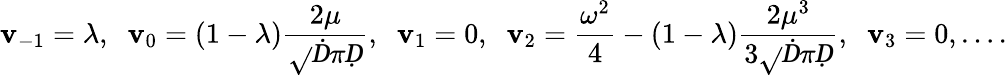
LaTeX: \mathbf{v}_{-1}=\lambda,\; \; \mathbf{v}_{0}=(1-\lambda)\frac{{2\mu}}{{\sqrt{}{Ḋ}\piḌ}},\; \; \mathbf{v}_{1}=0,\; \; \mathbf{v}_{2}=\frac{{\omega^{2}}}{{4}}-(1-\lambda)\frac{{2\mu^{3}}}{{3\sqrt{}{Ḋ}\piḌ}},\; \; \mathbf{v}_{3}=0,\ldots.